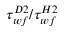
\tau _ { w f } ^ { D 2 } / \tau _ { w f } ^ { H 2 }